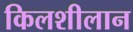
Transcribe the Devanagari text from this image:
किलशीलान